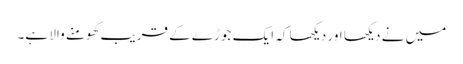
میں نے دیکھا اور دیکھا کہ ایک جوڑے کے قریب گھومنے والا ہے۔